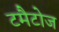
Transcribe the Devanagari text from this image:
टमैटोज